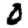
Digit: 0